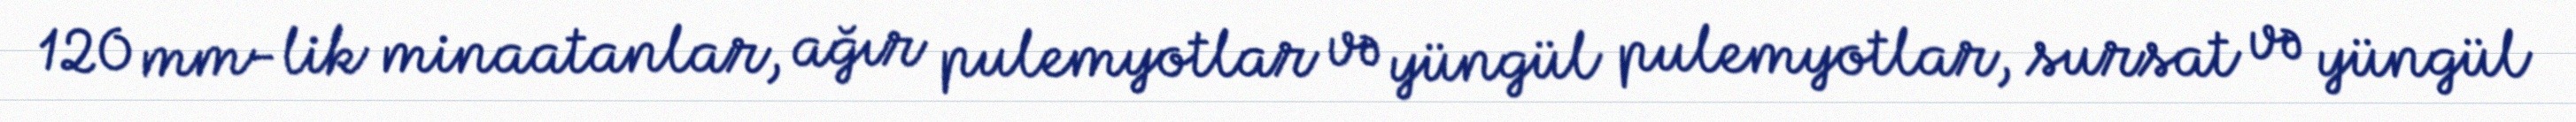
120 mm-lik minaatanlar, ağır pulemyotlar və yüngül pulemyotlar, sursat və yüngül